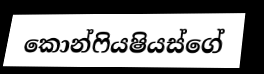
කොන්ෆියෂියස්ගේ